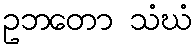
ဥဘတော သံဃံ